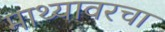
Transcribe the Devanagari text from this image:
माथ्यावरचा